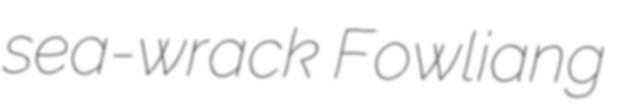
sea-wrack Fowliang